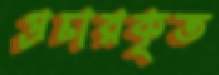
প্রচারকৃত